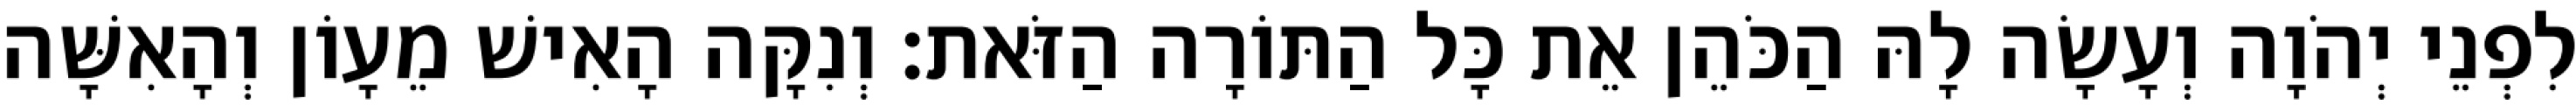
לִפְנֵי יְהֹוָה וְעָשָׂה לָהּ הַכֹּהֵן אֵת כָּל הַתּוֹרָה הַזֹּאת׃ וְנִקָּה הָאִישׁ מֵעָוֹן וְהָאִשָּׁה